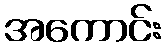
အကောင်း